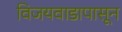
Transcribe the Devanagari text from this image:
विजयवाडापासून